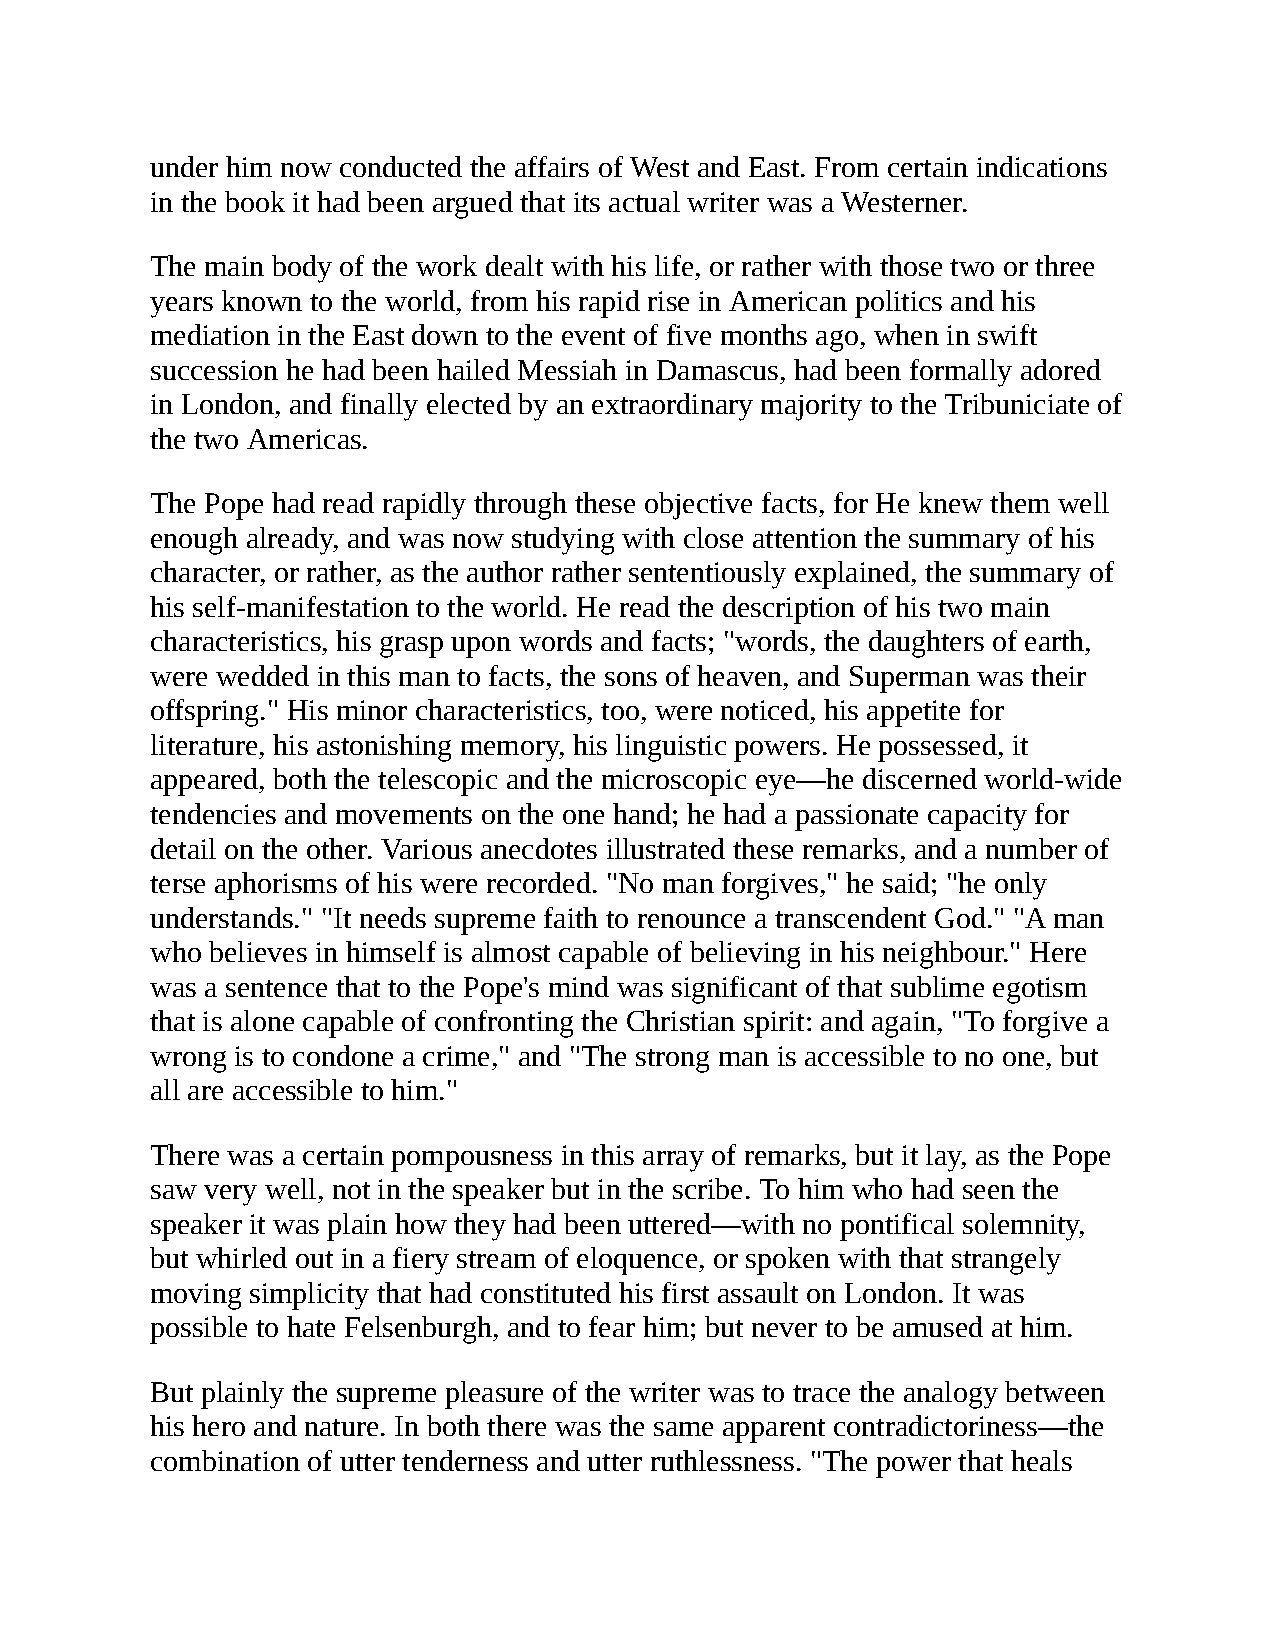
under him now conducted the affairs of West and East. From certain indications
 in the book it had been argued that its actual writer was a Westerner.
 The main body of the work dealt with his life, or rather with those two or three
 years known to the world, from his rapid rise in American politics and his
 mediation in the East down to the event of five months ago, when in swift
 succession he had been hailed Messiah in Damascus, had been formally adored
 in London, and finally elected by an extraordinary majority to the Tribuniciate of
 the two Americas.
 The Pope had read rapidly through these objective facts, for He knew them well
 enough already, and was now studying with close attention the summary of his
 character, or rather, as the author rather sententiously explained, the summary of
 his self-manifestation to the world. He read the description of his two main
 characteristics, his grasp upon words and facts; "words, the daughters of earth,
 were wedded in this man to facts, the sons of heaven, and Superman was their
 offspring." His minor characteristics, too, were noticed, his appetite for
 literature, his astonishing memory, his linguistic powers. He possessed, it
 appeared, both the telescopic and the microscopic eye—he discerned world-wide
 tendencies and movements on the one hand; he had a passionate capacity for
 detail on the other. Various anecdotes illustrated these remarks, and a number of
 terse aphorisms of his were recorded. "No man forgives," he said; "he only
 understands." "It needs supreme faith to renounce a transcendent God." "A man
 who believes in himself is almost capable of believing in his neighbour." Here
 was a sentence that to the Pope's mind was significant of that sublime egotism
 that is alone capable of confronting the Christian spirit: and again, "To forgive a
 wrong is to condone a crime," and "The strong man is accessible to no one, but
 all are accessible to him."
 There was a certain pompousness in this array of remarks, but it lay, as the Pope
 saw very well, not in the speaker but in the scribe. To him who had seen the
 speaker it was plain how they had been uttered—with no pontifical solemnity,
 but whirled out in a fiery stream of eloquence, or spoken with that strangely
 moving simplicity that had constituted his first assault on London. It was
 possible to hate Felsenburgh, and to fear him; but never to be amused at him.
 But plainly the supreme pleasure of the writer was to trace the analogy between
 his hero and nature. In both there was the same apparent contradictoriness—the
 combination of utter tenderness and utter ruthlessness. "The power that heals